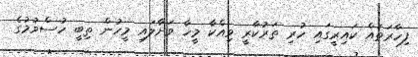
ފިހާރަތައް ކައިރީގައި ހުރި ތަރުކާރީ ވިއްކާ މީހާ ވަށާލައި މީހުން ތިބީ ހުސްވުމުގެ